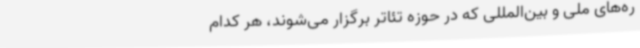
ره‌های ملی و بین‌المللی‌ که در حوزه تئاتر برگزار می‌شوند، هر کدام